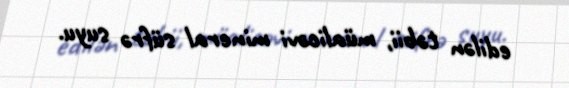
edilən təbii, müalicəvi mineral süfrə suyu.